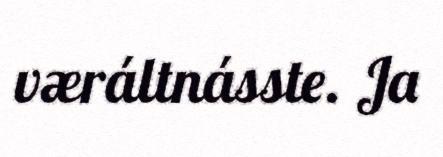
væráltnásste. Ja